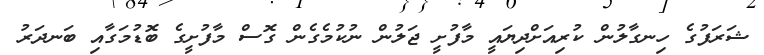
ޝަރަފުގެ ހިނގާލުން ކުރިއަށްދިޔައީ މާފުށީ ޖަލުން ނުކުމެގެން ގޮސް މާފުށީގެ ބޮޑުމަގާއި ބަނދަރު